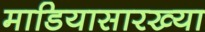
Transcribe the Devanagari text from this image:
माडियासारख्या